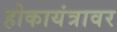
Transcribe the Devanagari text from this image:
होकायंत्रावर